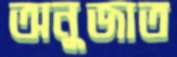
অনুজাত